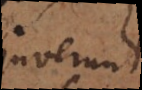
juverunt